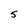
Character: 5